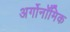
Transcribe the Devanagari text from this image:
अर्गोनॉमिक